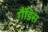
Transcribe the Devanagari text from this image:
गैंडिस